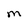
Character: M